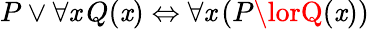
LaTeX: P\lor\forall\mathit{x}\, Q(\mathit{x})\Leftrightarrow\forall\mathit{x}\, (P\lorQ(\mathit{x}))